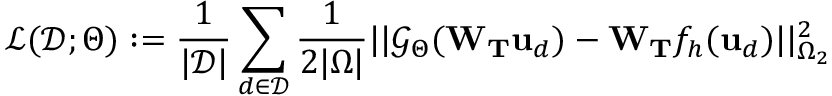
\mathcal { L } ( \mathcal { D } ; \boldsymbol { \Theta } ) : = \frac { 1 } { | \mathcal { D } | } \sum _ { d \in \mathcal { D } } \frac { 1 } { 2 | \Omega | } | | \mathcal { G } _ { \boldsymbol { \Theta } } ( \mathbf { W } _ { \mathbf { T } } \mathbf { u } _ { d } ) - \mathbf { W } _ { \mathbf { T } } f _ { h } ( \mathbf { u } _ { d } ) | | _ { \Omega _ { 2 } } ^ { 2 }